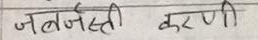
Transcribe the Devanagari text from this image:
जबरजस्ती करणी